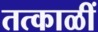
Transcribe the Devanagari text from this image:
तत्काळीं